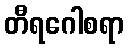
တီရဂေါစရာ